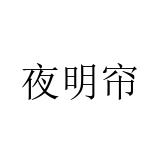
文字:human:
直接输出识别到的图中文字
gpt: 夜明帘